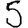
Digit: 5